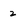
Character: 2